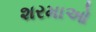
શરમાઓ